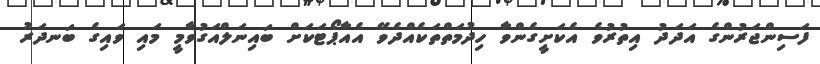
ފަސިންޖަރުންގެ އަދަދު އިތުރުވެ އެކަށީގެންވާ ހިދުމަތްތަކެއްދެވޭ އެއާޕޯޓަކަށް ބައިނަލްއަގުވާމީ މައި ވައިގެ ބަނދަރު